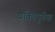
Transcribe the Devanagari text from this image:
शक्‍तिपूर्वक